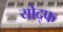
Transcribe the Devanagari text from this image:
योद्फ